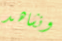
ونشاهد